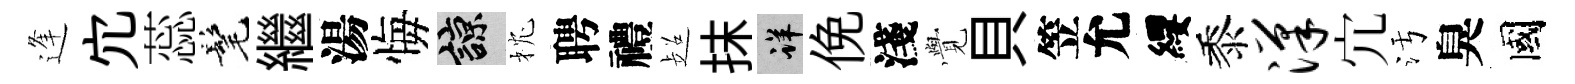
逢宂蕊髦繼湯悔諒枕聘禮超抹详俛淺𮗜貝笠允纓黍汉宂污臭國